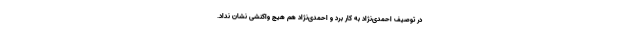
در توصیف احمدی‌نژاد به کار برد و احمدی‌نژاد هم هیچ واکنشی نشان نداد.